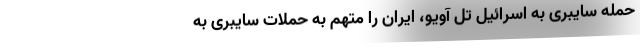
حمله سایبری به اسرائیل تل آویو، ایران را متهم به حملات سایبری به